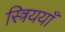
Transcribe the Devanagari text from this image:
स्त्रिययाँ